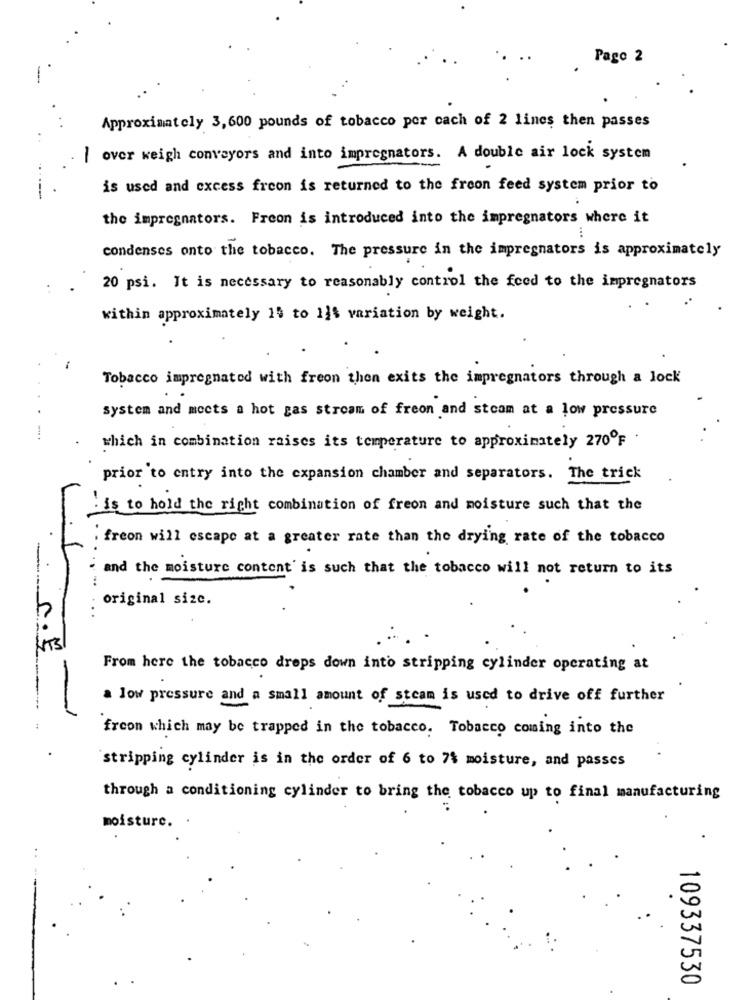
Pago 2
Approximately 3, 600 pounds of tobacco por cach of 2 lines then passes
over weigh conveyors and into impregnators. A double air lock system
-
is used and excess freon is returned to the freon feed system prior to
the impregnators. Freon is introduced into the impregnators where it
condenses onto the tobacco. The pressure in the impregnators is approximately
20 psi. It is necessary to reasonably control the feed to the impregnators
within approximately 15 to 11% variation by weight.
Tobacco impregnated with freon then exits the impregnators through a lock
system and meets a hot gas stream of freon and steam at a low pressure
.....
which in combination raises its temperature to approximately 270ºF .
prior to entry into the expansion chamber and separators. The trick
. is to hold the right combination of freon and moisture such that the
freon will escape at a greater rate than the drying rate of the tobacco
and the moisture content' is such that the tobacco will not return to its
original size.
..
C.F
From here the tobacco drops down into stripping cylinder operating at
a low pressure and a small amount of steam is used to drive off further
-
freon which may be trapped in the tobacco. Tobacco coming into the
stripping cylinder is in the order of 6 to 7% moisture, and passes
through a conditioning cylinder to bring the tobacco up to final manufacturing
moisture.
109337530